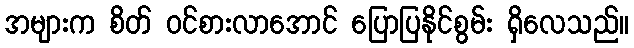
အများက စိတ် ဝင်စားလာအောင် ပြောပြနိုင်စွမ်း ရှိလေသည်။